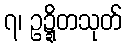
၇၊ ဥဍ္ဍိတသုတ်